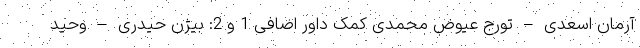
آرمان اسعدی – تورج عیوض محمدی کمک داور اضافی 1 و 2: بیژن حیدری – وحید